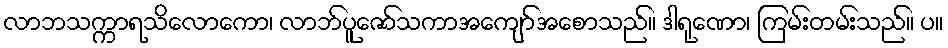
လာဘသက္ကာရသိလောကော၊ လာဘ်ပူဇော်သကာအကျော်အစောသည်။ ဒါရုဏော၊ ကြမ်းတမ်းသည်။ ပ။